Alma_Vaarman, lk 25
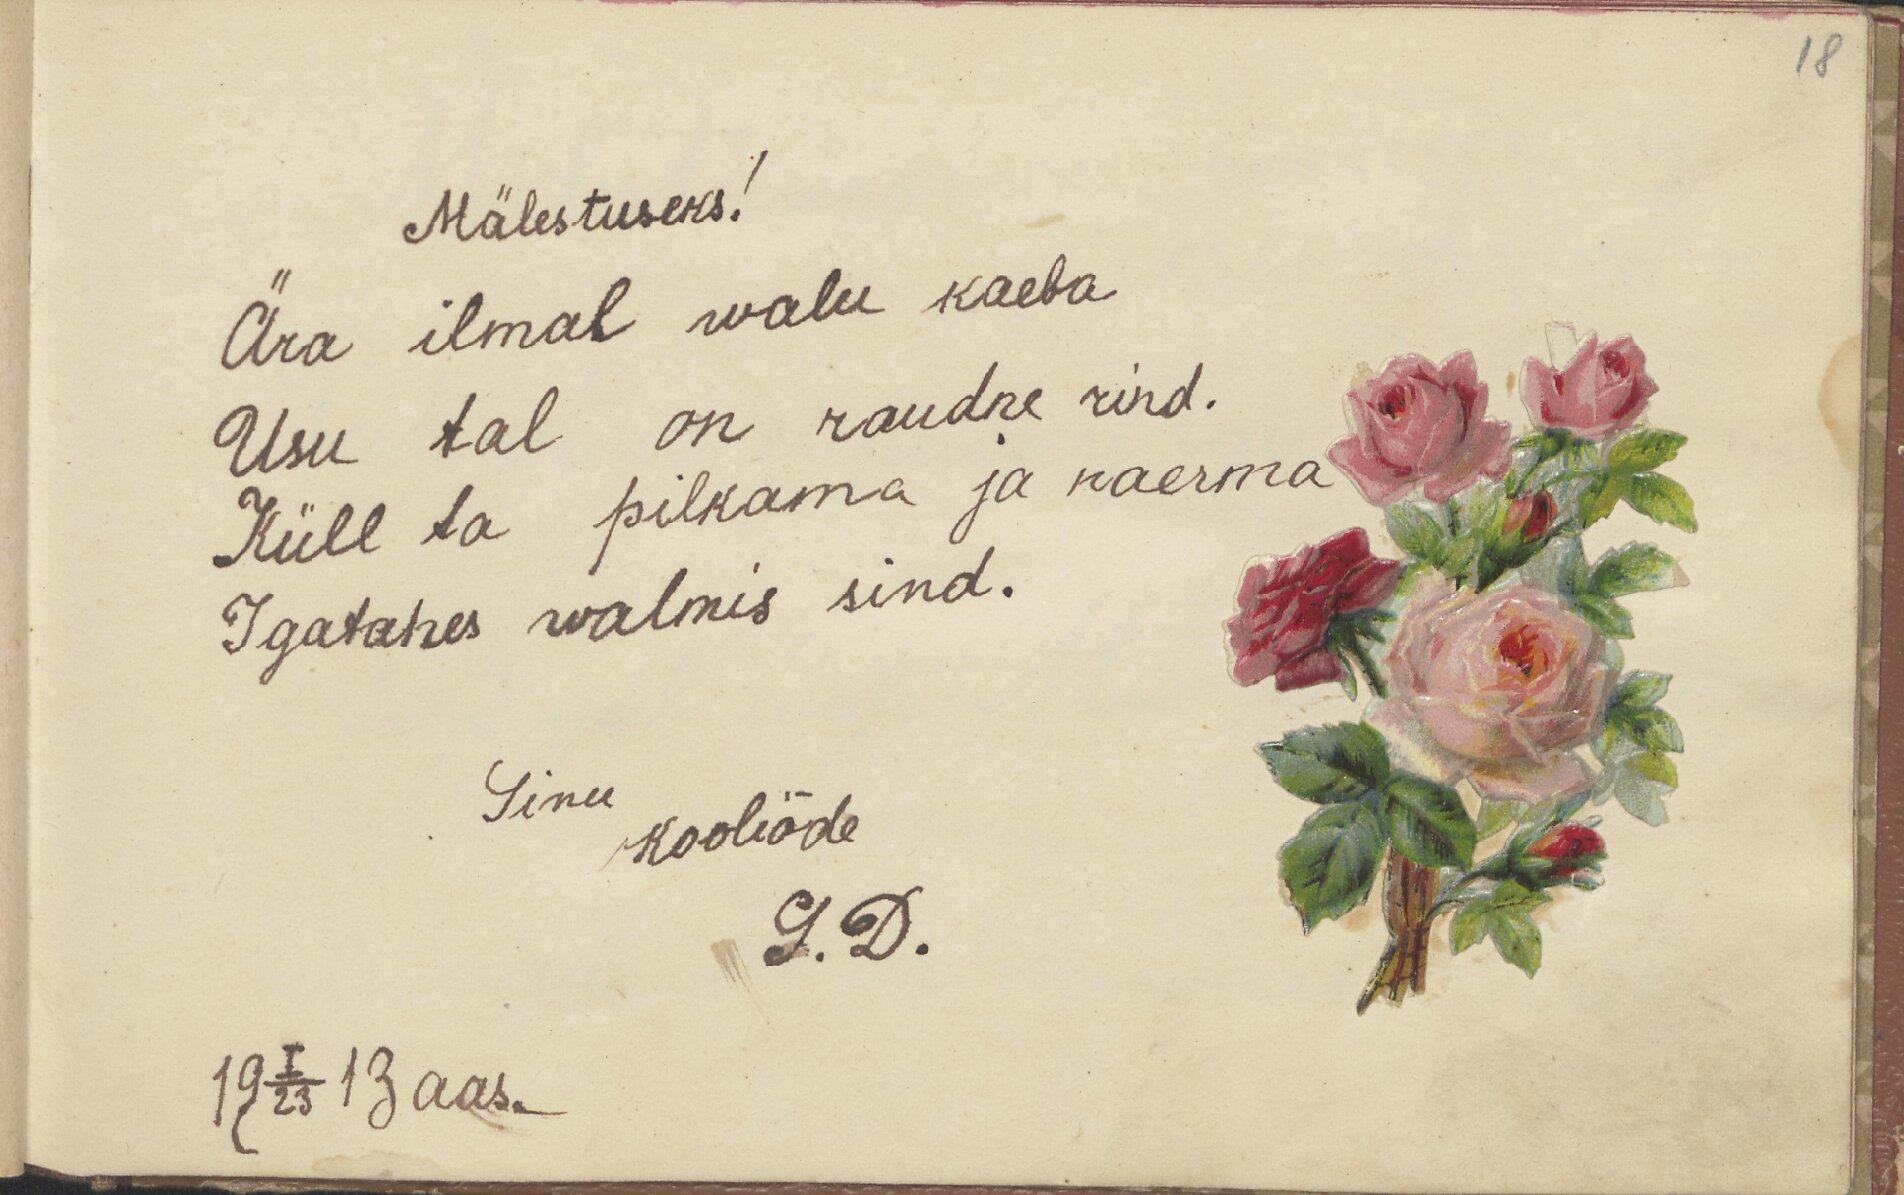
18

Mälestuseks!
Ära ilmal walu kaeba
Usu tal on raudne rind.
Küll ta pilkama ja naerma
Igatahes walmis sind.
Sinu
kooliõde

19 I/23 13 aas.